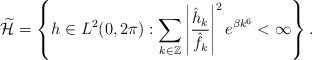
\begin{align*}\widetilde{\mathcal{H}}=\left\{h\in L^2(0,2\pi):\displaystyle\sum_{k\in\mathbb{Z}}\left|\frac{\hat{h}_k}{\hat{f}_k}\right|^2e^{\beta k^6}<\infty\right\}.\end{align*}